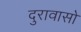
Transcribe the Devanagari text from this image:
दुरावासो